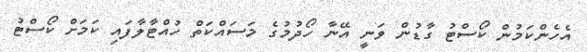
އެހެންކަމުން ކޯސްޓު ގާޑުން ވަނީ އޭނާ ހޯދުމުގެ މަސައްކަތް ހުއްޓާލާފައި ކަމަށް ކޯސްޓު